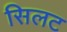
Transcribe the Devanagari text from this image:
सिलट